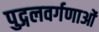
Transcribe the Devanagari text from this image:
पुद्गलवर्गणाओं